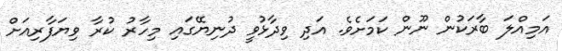
އަމިއްލަ ބާރަކުން ނޫން ކަމަށެވެ. އަދި ވިދާޅުވީ ދުނިޔޭގައި މިހާރު ކުރާ ވިޔަފާރިއަށް